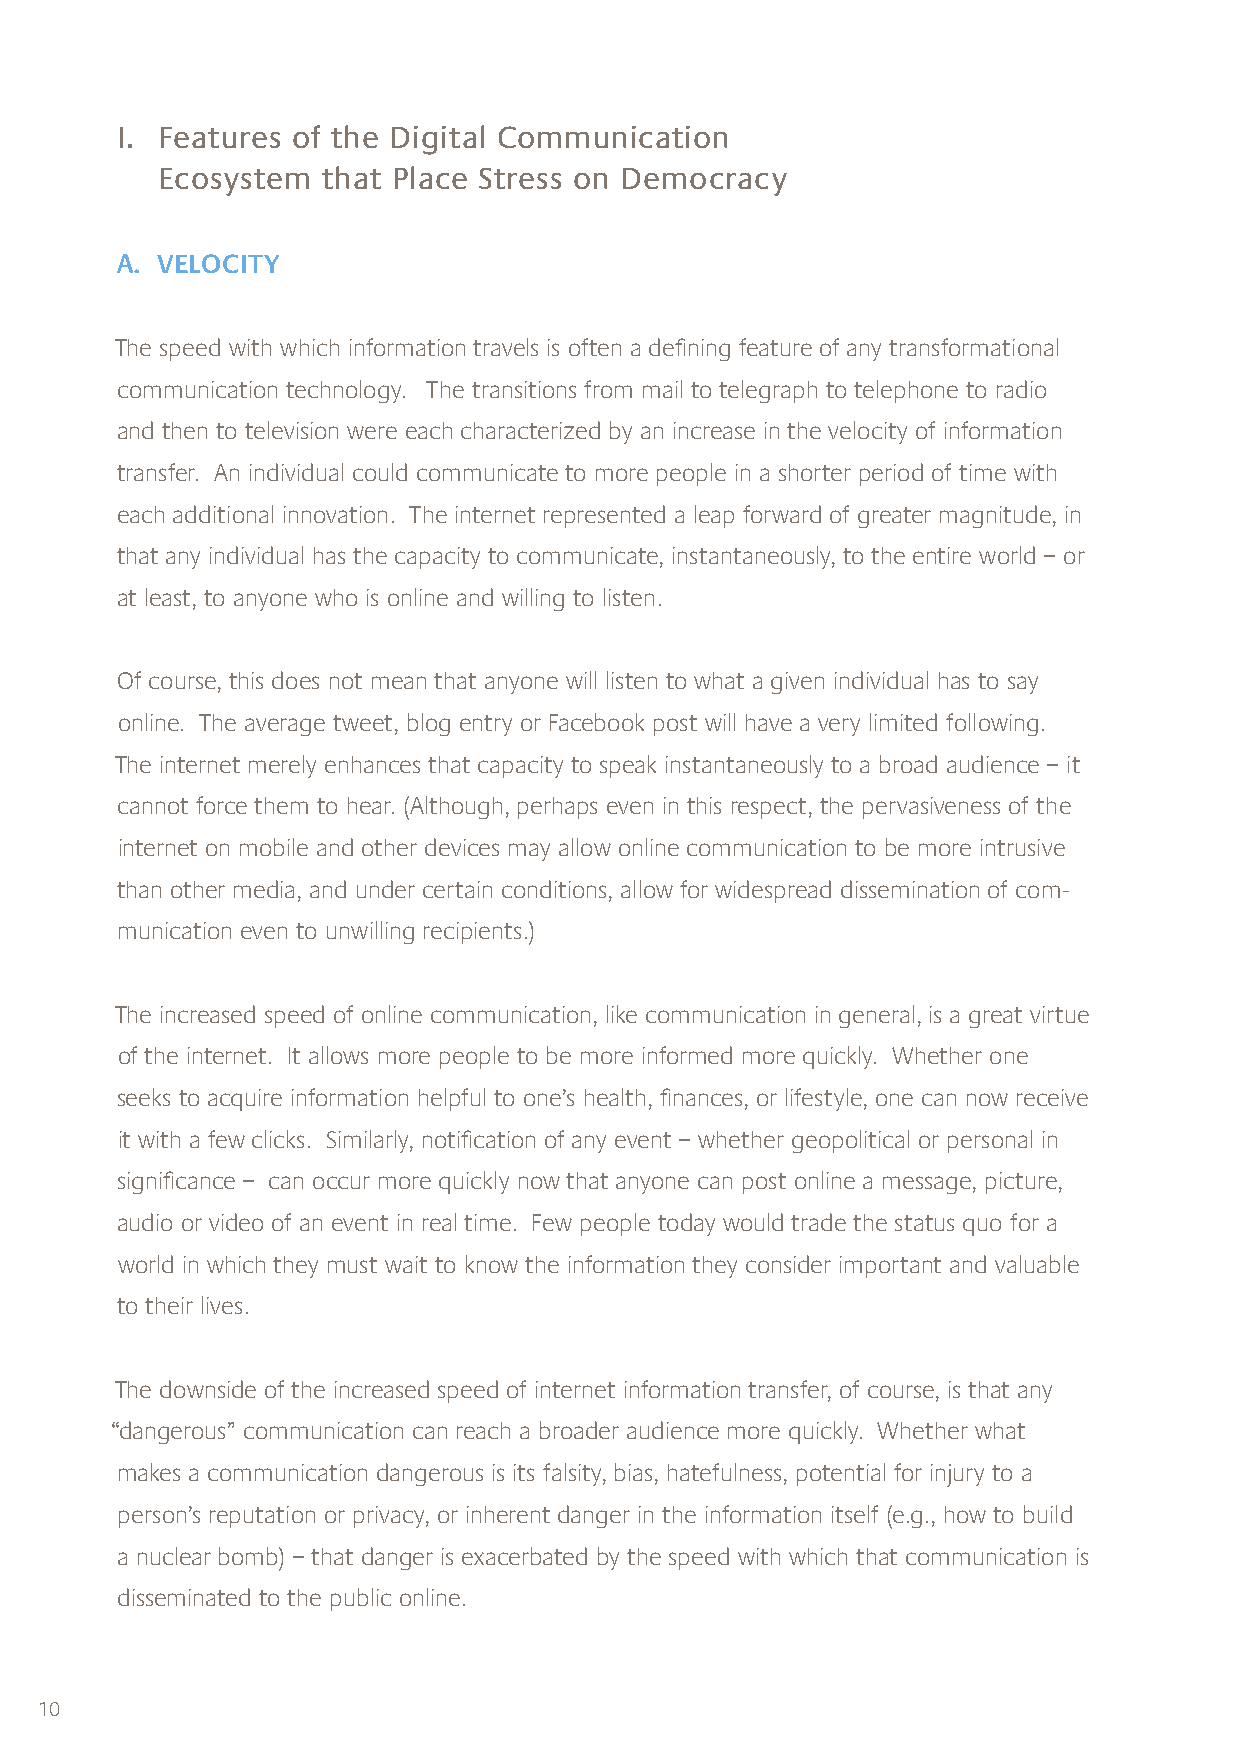
I. Features of the Digital Communication
 Ecosystem  that Place Stress on Democracy
 A. VELOCITY
 The speed with which information travels is often a defining feature of any transformational
 communication technology. The transitions from mail to telegraph to telephone to radio
 and then to television were each characterized by an increase in the velocity of information
 transfer. An individual could communicate to more people in a shorter period of time with
 each additional innovation. The internet represented a leap forward of greater magnitude, in
 that any individual has the capacity to communicate, instantaneously, to the entire world – or
 at least, to anyone who is online and willing to listen.
 Of course, this does not mean that anyone will listen to what a given individual has to say
 online. The average tweet, blog entry or Facebook post will have a very limited following.
 The internet merely enhances that capacity to speak instantaneously to a broad audience – it
 cannot force them to hear. (Although, perhaps even in this respect, the pervasiveness of the
 internet on mobile and other devices may allow online communication to be more intrusive
 than other media, and under certain conditions, allow for widespread dissemination of com-
 munication even to unwilling recipients.)
 The increased speed of online communication, like communication in general, is a great virtue
 of the internet. It allows more people to be more informed more quickly. Whether one
 seeks to acquire information helpful to one’s health, finances, or lifestyle, one can now receive
 it with a few clicks. Similarly, notification of any event – whether geopolitical or personal in
 significance – can occur more quickly now that anyone can post online a message, picture,
 audio or video of an event in real time. Few people today would trade the status quo for a
 world in which they must wait to know the information they consider important and valuable
 to their lives.
 The downside of the increased speed of internet information transfer, of course, is that any
 “dangerous” communication can reach a broader audience more quickly. Whether what
 makes a communication dangerous is its falsity, bias, hatefulness, potential for injury to a
 person’s reputation or privacy, or inherent danger in the information itself (e.g., how to build
 a nuclear bomb) – that danger is exacerbated by the speed with which that communication is
 disseminated to the public online.
 10